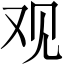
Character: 观